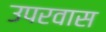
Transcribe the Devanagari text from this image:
उपरवास